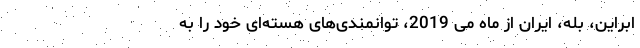
ابراین، بله، ایران از ماه می 2019، توانمندی‌های هسته‌ای خود را به